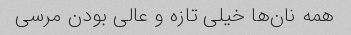
همه نان‌ها خیلی تازه و عالی بودن مرسی